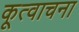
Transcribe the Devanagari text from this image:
कूत्वाचना